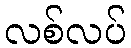
လစ်လပ်